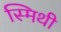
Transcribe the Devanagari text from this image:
स्मिथी